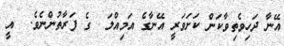
އޭނާ ދަހިވެތިވާކަން ކަށަވަރީ އޭނާގެ އަމިއްލަ  ގެ ފަރާތުންނެވެ.  އީ